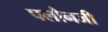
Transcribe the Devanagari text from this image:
पलौनजी